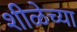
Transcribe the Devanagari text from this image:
शीळेच्या